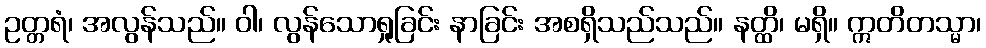
ဥတ္တရံ၊ အလွန်သည်။ ဝါ၊ လွန်သောရှုခြင်း နာခြင်း အစရှိသည်သည်။ နတ္ထိ၊ မရှိ။ ဣတိတသ္မာ၊